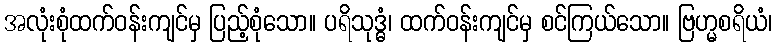
အလုံးစုံထက်ဝန်းကျင်မှ ပြည့်စုံသော။ ပရိသုဒ္ဓံ၊ ထက်ဝန်းကျင်မှ စင်ကြယ်သော။ ဗြဟ္မစရိယံ၊